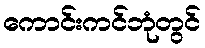
ကောင်းကင်ဘုံတွင်